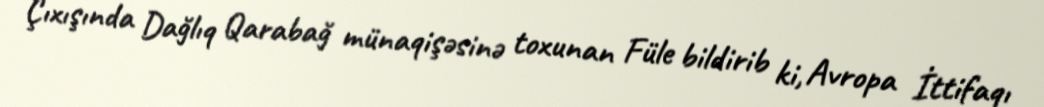
Çıxışında Dağlıq Qarabağ münaqişəsinə toxunan Füle bildirib ki, Avropa İttifaqı